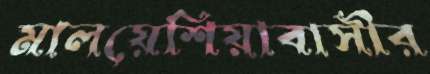
মালয়েশিয়াবাসীর